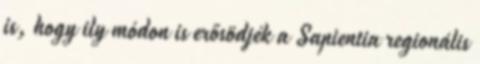
is, hogy ily módon is erősödjék a Sapientia regionális